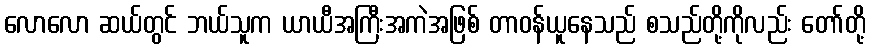
လောလော ဆယ်တွင် ဘယ်သူက ယာယီအကြီးအကဲအဖြစ် တာဝန်ယူနေသည် စသည်တို့ကိုလည်း တော်တို့